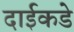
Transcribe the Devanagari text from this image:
दाईकडे